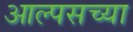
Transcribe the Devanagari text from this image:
आल्पसच्या